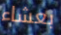
بعشاء